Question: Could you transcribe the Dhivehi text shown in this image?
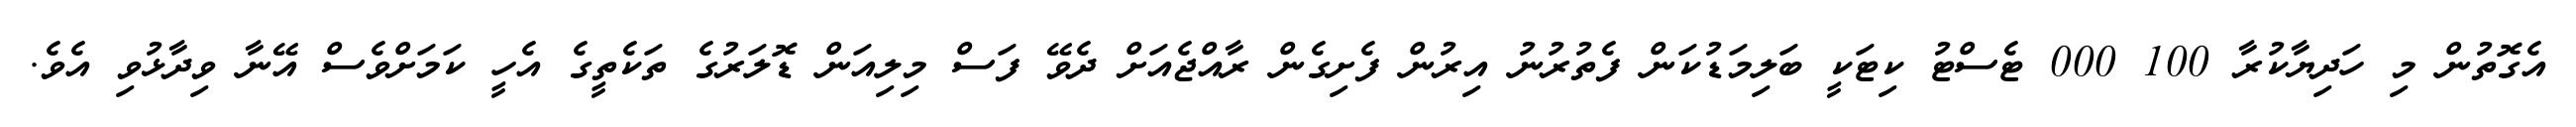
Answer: އެގޮތުން މި ހަދިޔާކުރާ 100 000 ޓެސްޓު ކިޓަކީ ބަލިމަޑުކަން ފެތުރުނު އިރުން ފެށިގެން ރާއްޖެއަށް ދެވޭ ފަސް މިލިއަން ޑޮލަރުގެ ތަކެތީގެ އެހީ ކަމަށްވެސް އޭނާ ވިދާޅުވި އެވެ.